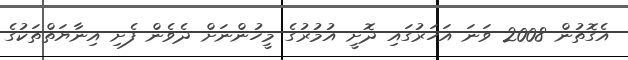
އެގޮތުން 2008 ވަނަ އަހަރުގައި ދޮށީ އުމުރުގެ މީހުންނަށް ދެވެން ފެށި އިނާޔަތްތަކުގެ